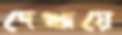
দেখায়ে